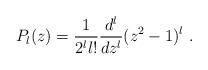
LaTeX: \begin{align*}P_{l}(z)=\frac{1}{2^{l}l!}\frac{d^{l}}{dz^{l}}(z^{2}-1)^{l} \ .\end{align*}